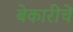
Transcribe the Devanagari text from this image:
बेकारीचें